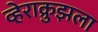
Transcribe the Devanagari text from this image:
व्हेराक्रुझला